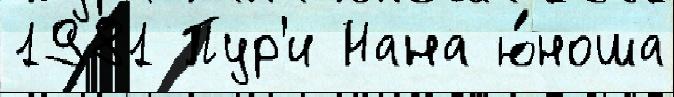
1981 Пур'и Нана ю́ноша